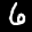
Label: 6